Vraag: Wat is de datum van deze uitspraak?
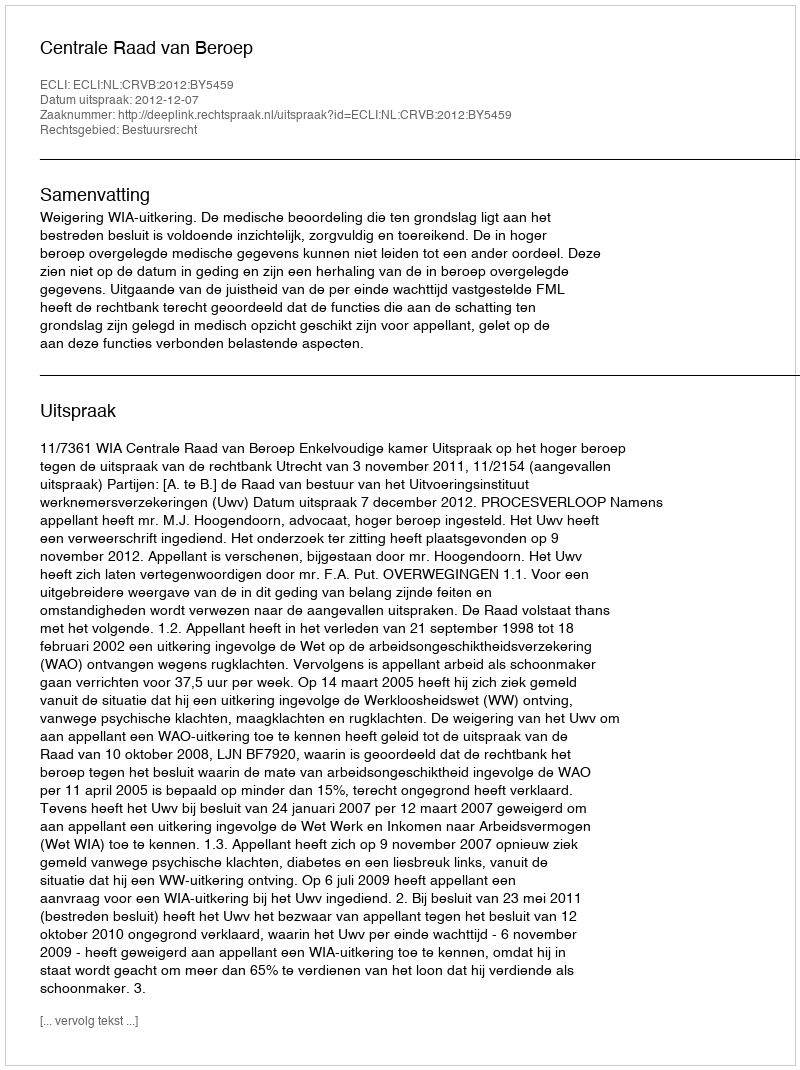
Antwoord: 2012-12-07